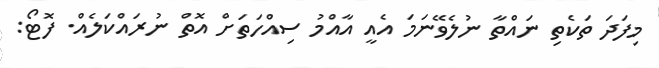
މިފަދަ ތަކެތި ނައްތާ ނުލެވޭނަމަ އެއީ އާއްމު ސިއްހަތަށް އޮތް ނުރައްކަލެއް. ފޮޓޯ: